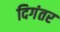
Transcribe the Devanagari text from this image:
दिगंतर